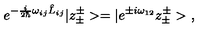
e ^ { - \frac { i } { 2 \hbar } \omega _ { i j } \hat { L } _ { i j } } | z _ { \pm } ^ { \pm } > = | e ^ { \pm i \omega _ { 1 2 } } z _ { \pm } ^ { \pm } > \ ,